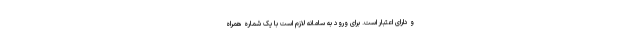
و دارای اعتبار است. برای ورود به سامانه لازم است با یک شماره همراه